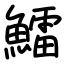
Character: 鱩